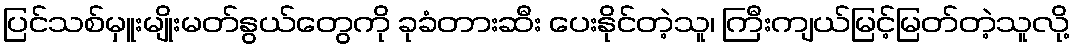
ပြင်သစ်မှူးမျိုးမတ်နွယ်တွေကို ခုခံတားဆီး ပေးနိုင်တဲ့သူ၊ ကြီးကျယ်မြင့်မြတ်တဲ့သူလို့